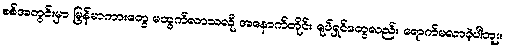
စစ်အတွင်းမှာ မြန်မာကားတွေ မထွက်လာသလို အနောက်တိုင်း ရုပ်ရှင်တွေလည်း ရောက်မလာခဲ့ပါဘူး။